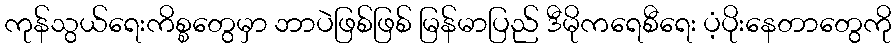
ကုန်သွယ်ရေးကိစ္စတွေမှာ ဘာပဲဖြစ်ဖြစ် မြန်မာပြည် ဒီမိုကရေစီရေး ပံ့ပိုးနေတာတွေကို